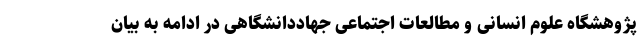
پژوهشگاه علوم انسانی و مطالعات اجتماعی جهاددانشگاهی در ادامه به بیان